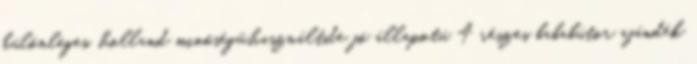
különleges, holland minőségű,használt,de jó állapotú 4 részes bababútor ajándék